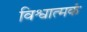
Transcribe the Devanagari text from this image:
विश्वात्मकं